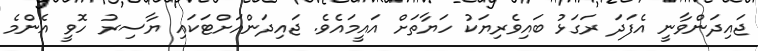
ޖައިދަންވާނީ އެފަދަ ރަގަޅު ބައިވެރިޔަކު ހަޔާތަށް އައީމައެވެ. ޖައިދަންއަށްޓަކައި ޔާސިރު ހޮވީ އެންމެ